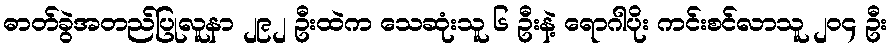
ဓာတ်ခွဲအတည်ပြုလူနာ ၂၉၂ ဦးထဲက သေဆုံးသူ ၆ ဦးနဲ့ ရောဂါပိုး ကင်းစင်လာသူ ၂၀၄ ဦး